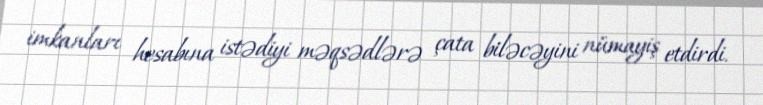
imkanları hesabına istədiyi məqsədlərə çata biləcəyini nümayiş etdirdi.